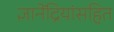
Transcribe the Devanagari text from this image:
ज्ञानेंद्रियांसहित